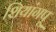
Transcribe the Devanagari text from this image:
शियांगपू